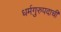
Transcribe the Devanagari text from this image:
धर्मगुरुपदाची